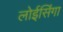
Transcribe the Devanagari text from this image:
लोईसिंगा